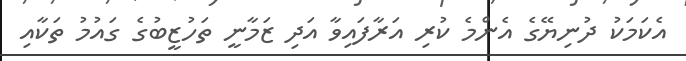
އެކަމަކު ދުނިޔޭގެ އެންމެ ކުރި އަރާފައިވާ އަދި ޒަމާނީ ތަހުޒީބުގެ ގައުމު ތަކާއި